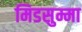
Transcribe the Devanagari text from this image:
मिडसुम्मा